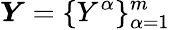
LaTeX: \boldsymbol{Y}=\{ Y^{\alpha}\} _{\alpha=1}^{m}